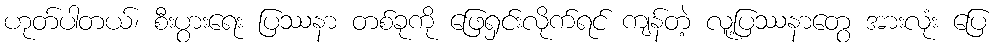
ဟုတ်ပါတယ်၊ စီးပွားရေး ပြဿနာ တစ်ခုကို ဖြေရှင်းလိုက်ရင် ကျန်တဲ့ လူ့ပြဿနာတွေ အားလုံး ပြေ